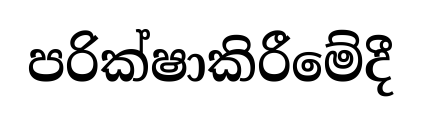
පරික්ෂාකිරීමේදී